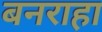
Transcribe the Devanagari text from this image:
बनराहा